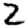
Digit: 2